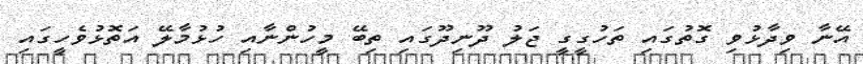
އޭނާ ވިދާޅުވި ގޮތުގައި ތަހުގީގީ ޖަލު ދޫނިދޫގައި ތިބޭ މީހުންނާއި ހުޅުމާލޭ އަތޮޅުވެހީގައި